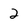
Character: 2